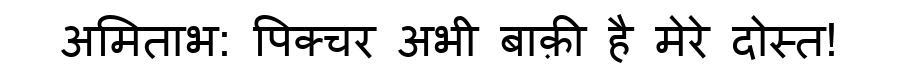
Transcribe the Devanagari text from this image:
अमिताभ: पिक्चर अभी बाक़ी है मेरे दोस्त!